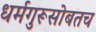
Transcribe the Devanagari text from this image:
धर्मगुरूसोबतच